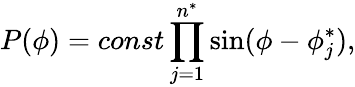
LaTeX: P(\phi)=const\prod_{j=1}^{n^{\ast}}\sin(\phi-\phi_{j}^{\ast}),